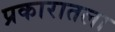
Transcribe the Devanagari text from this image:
प्रकारातला